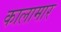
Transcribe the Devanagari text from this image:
कालामार